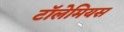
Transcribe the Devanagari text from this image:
टॉलेमियस